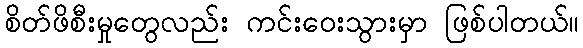
စိတ်ဖိစီးမှုတွေလည်း ကင်းဝေးသွားမှာ ဖြစ်ပါတယ်။